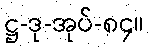
ဋ္ဌ-ဒု-အုပ်-၈၄။